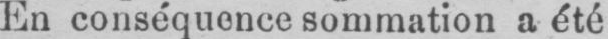
En conséquence sommation a été